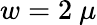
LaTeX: w=2~\mu